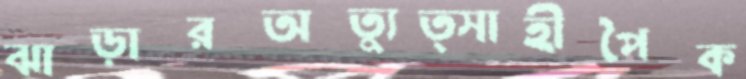
ঝাড়ারঅত্যুত্সাহীপৈক